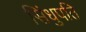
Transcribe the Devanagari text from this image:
सिंधुपति